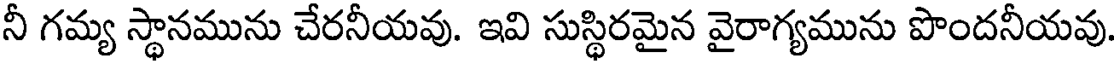
నీ గమ్య స్థానమును చేరనీయవు. ఇవి సుస్థిరమైన వైరాగ్యమును పొందనీయవు